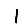
Digit: 1